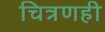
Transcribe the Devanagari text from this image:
चित्रणही